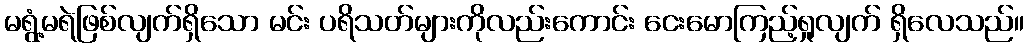
မရွံ့မရဲဖြစ်လျက်ရှိသော မင်း ပရိသတ်များကိုလည်းကောင်း ငေးမောကြည့်ရှုလျက် ရှိလေသည်။